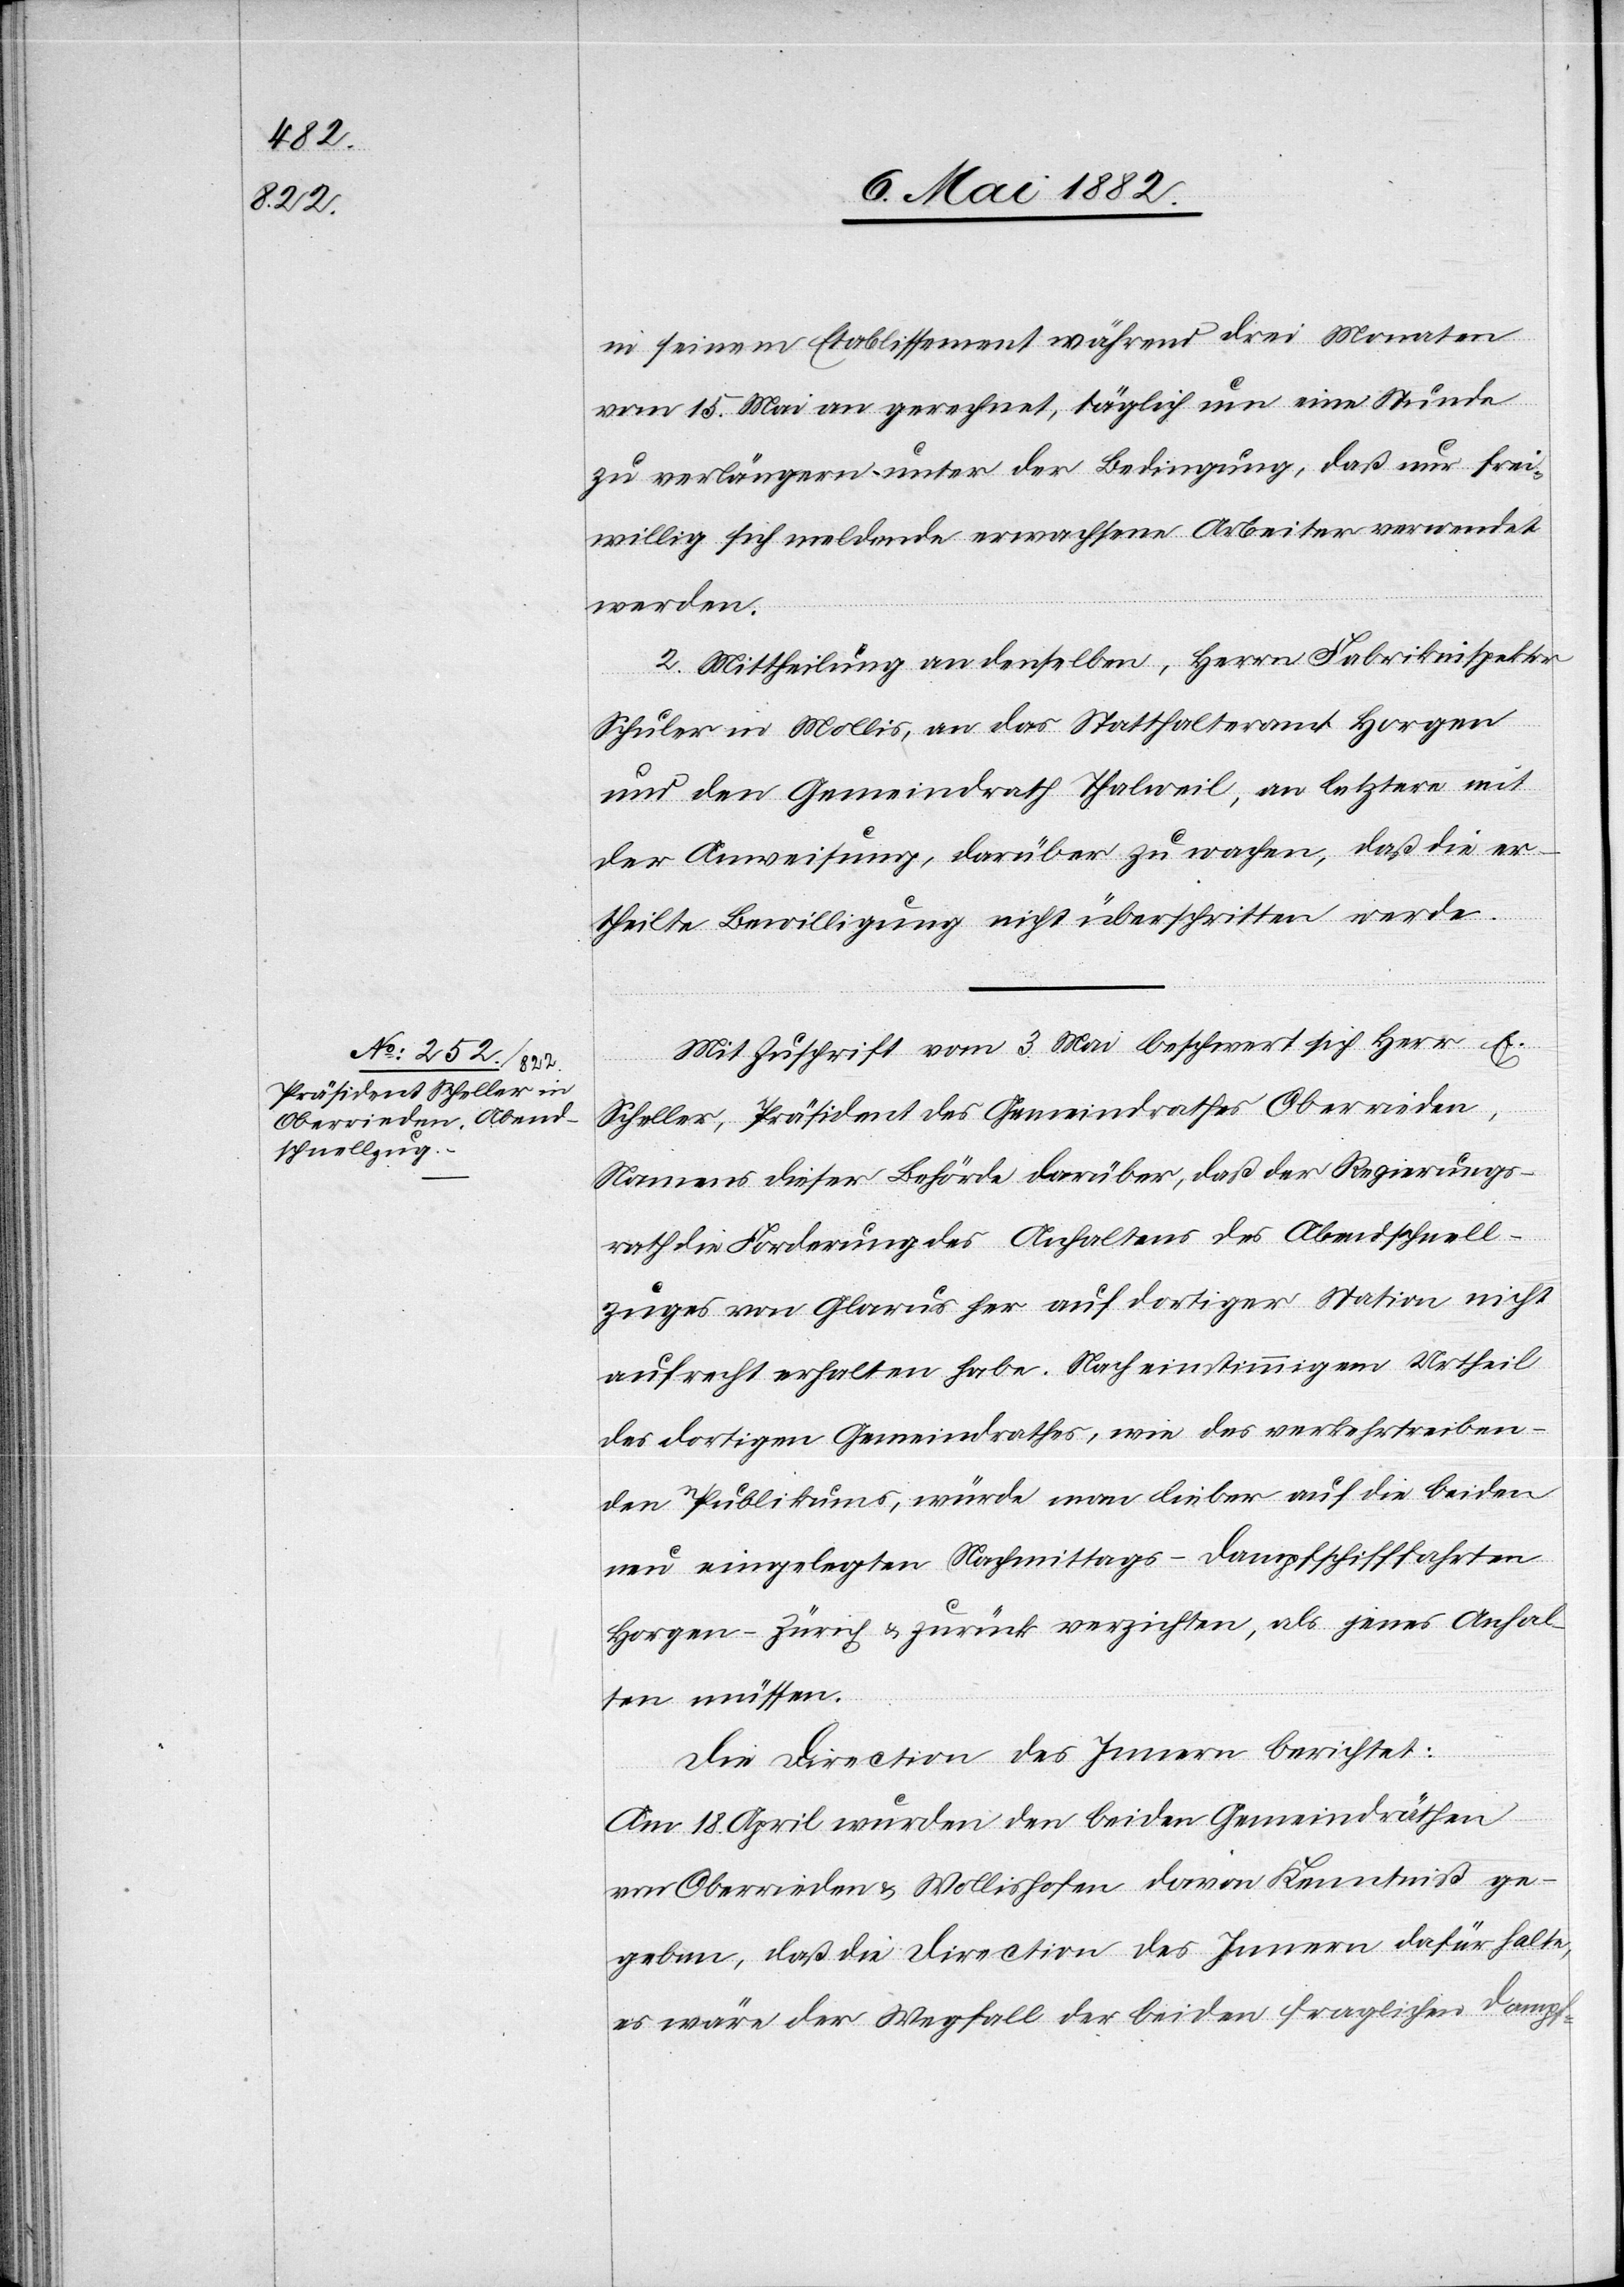
in seinem Etablissement während drei Monaten
vom 15. Mai an gerechnet, täglich um eine Stunde
zu verlängern unter der Bedingung, daß nur frei¬
willig sich meldende erwachsene Arbeiter verwendet
werden.
2. Mittheilung an denselben, Herrn Fabrikinspektor
Schuler in Mollis, an das Statthalteramt Horgen
und den Gemeindrath Thalweil, an letztere mit
der Anweisung, darüber zu wachen, daß die er¬
theilte Bewilligung nicht überschritten werde.
Mit Zuschrift vom 3. Mai beschwert sich Herr E.
Scheller, Präsident des Gemeindrathes Oberrieden,
Namens dieser Behörde darüber, daß der Regierungs¬
rath die Forderung des Anhaltens des Abendschnell¬
zuges von Glarus her auf dortiger Station nicht
aufrecht erhalten habe. Nach einstimmigem Urtheil
des dortigen Gemeindrathes, wie des verkehrtreiben¬
den Publikums, würde man lieber auf die beiden
neu eingelegten Nachmittags-Dampfschifffahrten
Horgen–Zürich & zurück verzichten, als jenes Anhal¬
ten müssen.
Die Direction des Innern berichtet:
Am 18. April wurden [sic!] den beiden Gemeindräthen
Oberrieden & Wollishofen davon Kenntniß ge¬
geben, daß die Direction des Innern dafür halte
es wäre der Wegfall der beiden fraglichen Dampf-